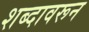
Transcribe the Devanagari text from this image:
शब्‍दावरून